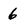
Character: 6